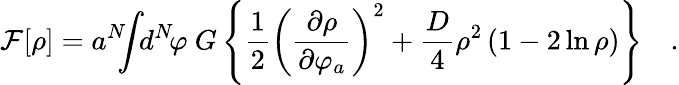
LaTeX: {\cal F}[\rho]=a^{N}\! \! \! \int\! \! d^{N}\! \varphi\ G\left\{ {\frac{1}{2}}\left({\frac{\partial\rho}{\partial\varphi_{a}}}\right)^{2}+{\frac{D}{4}}\rho^{2}\left(1-2\ln\rho\right)\right\} \quad.